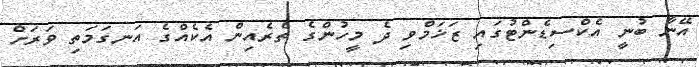
އޭނާ ބުނީ އެކްސިޑެންޓުގައި ޒަޚަމްވި ދެ މީހުންގެ ތެރެއިން އެކެއްގެ އަނގަމަތި ވަރަށް